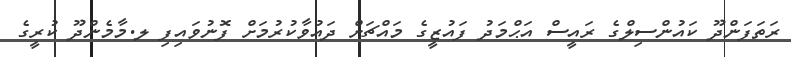
ރަތަފަންދޫ ކައުންސިލްގެ ރައީސް އަޙްމަދު ފައުޒީގެ މައްޗަށް ދައުވާކުރުމަށް ފޮނުވައިފި ލ.މާމެންދޫ ކުރީގެ